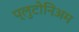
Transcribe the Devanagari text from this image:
प्लुटोनिअम